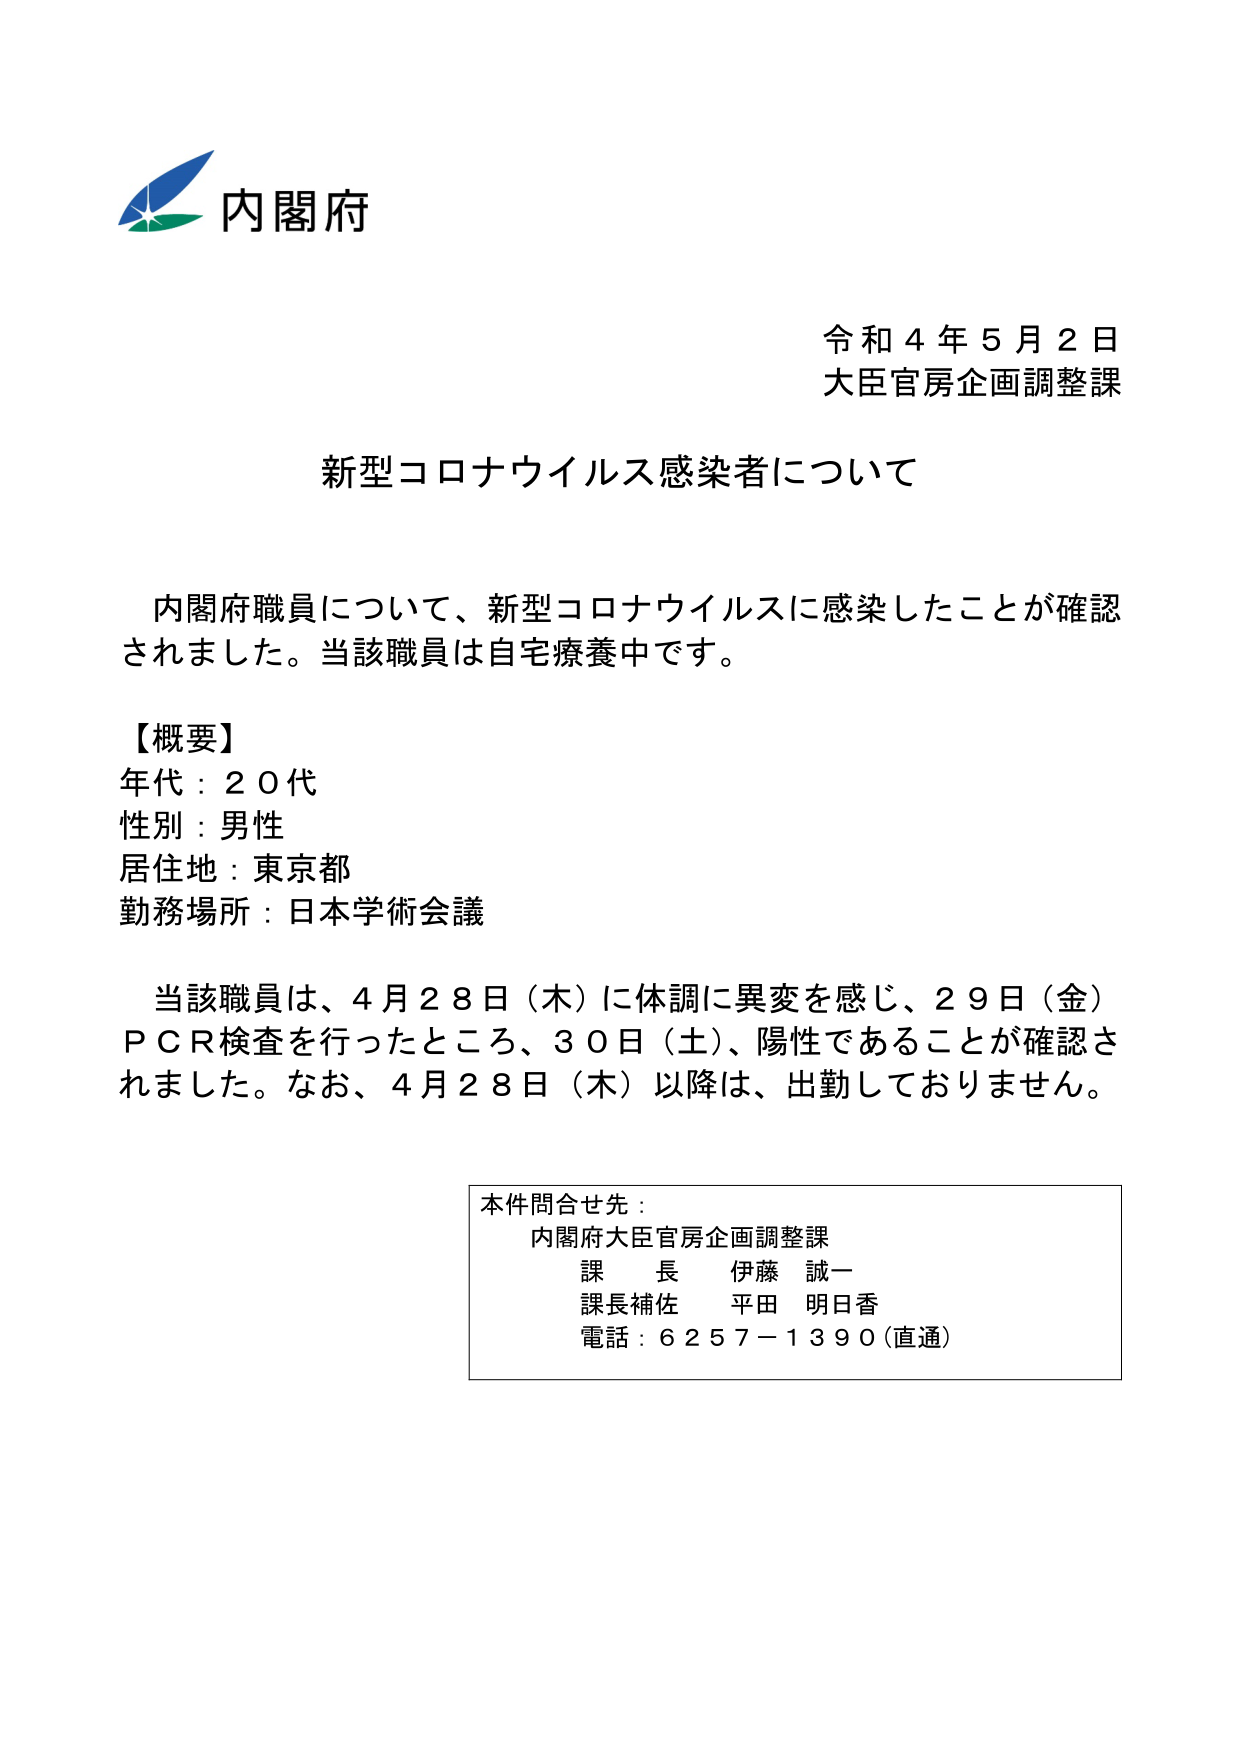
内閣府
令和４年５月２日
大臣官房企画調整課

新型コロナウイルス感染者について

内閣府職員について、新型コロナウイルスに感染したことが確認されました。当該職員は自宅療養中です。

【概要】
年代：２０代
性別：男性
居住地：東京都
勤務場所：日本学術会議

当該職員は、４月２８日（木）に体調に異変を感じ、２９日（金）ＰＣＲ検査を行ったところ、３０日（土）、陽性であることが確認されました。なお、４月２８日（木）以降は、出勤しておりません。

本件問合せ先：
内閣府大臣官房企画調整課
課長 伊藤 誠一
課長補佐 平田 明日香
電話：６２５７－１３９０（直通）